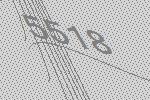
5518